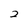
Character: 2